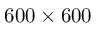
6 0 0 \times 6 0 0